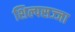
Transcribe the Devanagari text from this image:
शिल्पसज्जा